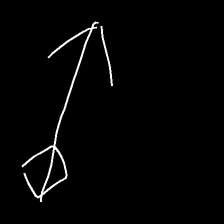
Glyph: focus